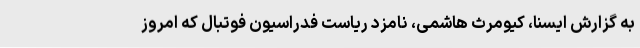
به گزارش ایسنا، کیومرث هاشمی، نامزد ریاست فدراسیون فوتبال که امروز